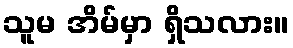
သူမ အိမ်မှာ ရှိသလား။